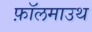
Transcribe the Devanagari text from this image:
फ़ॉलमाउथ